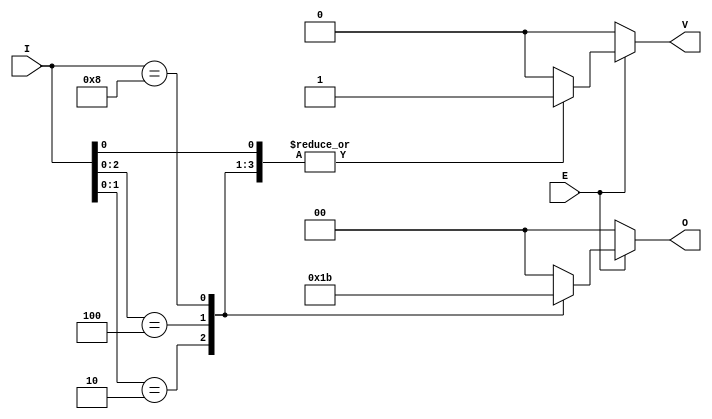
module dual_priority_encoder #(
    parameter N = 4 // Number of inputs (default is 4)
)(
    input wire [N-1:0] I, // Input signals
    input wire E,         // Enable signal
    output reg [1:0] O,   // Binary output
    output reg V          // Valid signal
);

    always @(*) begin
        // Default outputs
        O = 2'b00;
        V = 1'b0;

        if (E) begin
            // Check inputs from highest priority to lowest
            casez (I)
                4'b???1: begin
                    O = 2'b00; // I0 is active
                    V = 1'b1;  // Valid output
                end
                4'b??10: begin
                    O = 2'b01; // I1 is active
                    V = 1'b1;  // Valid output
                end
                4'b?100: begin
                    O = 2'b10; // I2 is active
                    V = 1'b1;  // Valid output
                end
                4'b1000: begin
                    O = 2'b11; // I3 is active
                    V = 1'b1;  // Valid output
                end
                default: begin
                    // No active input case, O and V remain default
                end
            endcase
        end
    end

endmodule